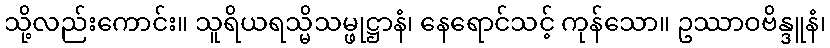
သို့လည်းကောင်း။ သူရိယရသ္မိသမ္ဖုဋ္ဌာနံ၊ နေရောင်သင့် ကုန်သော။ ဥဿာဝဗိန္ဒူနံ၊